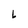
Character: L